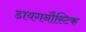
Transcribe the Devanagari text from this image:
डायगनौस्टिक